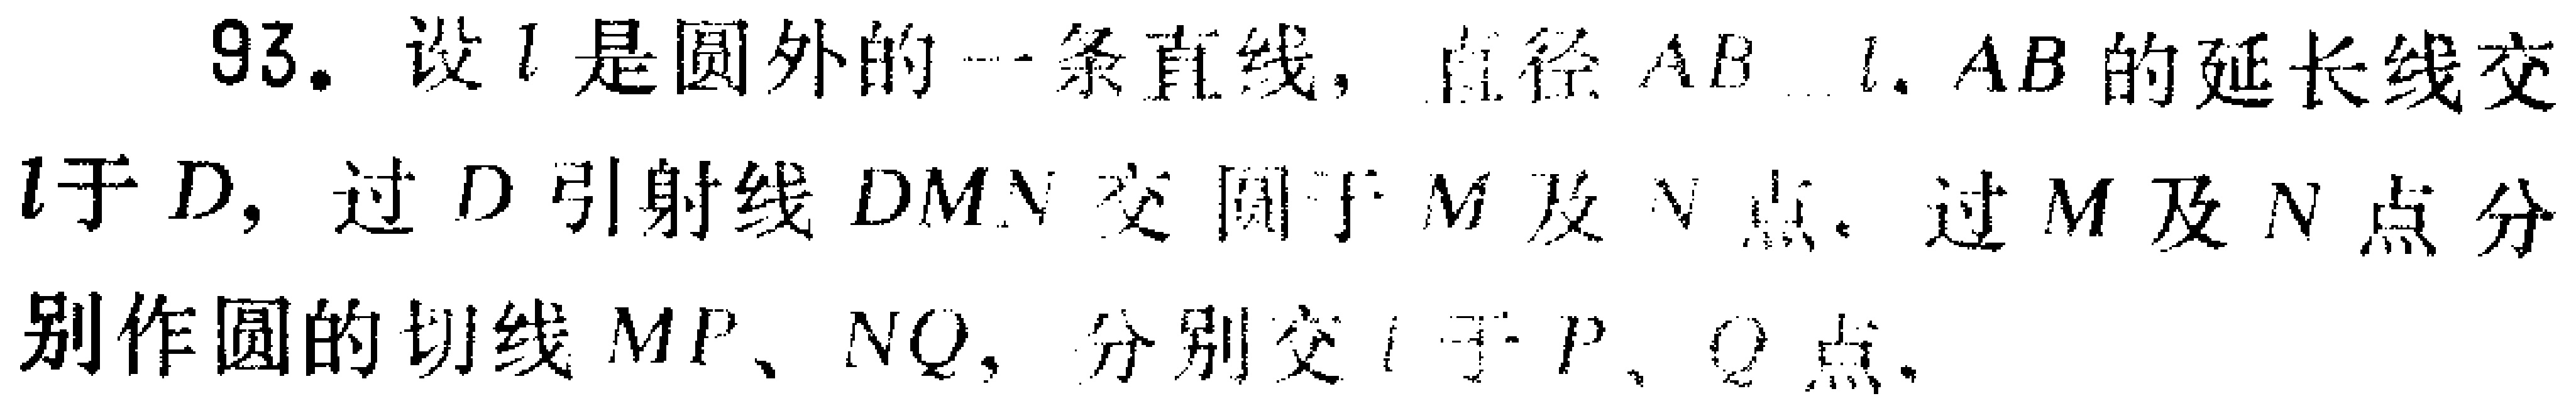
93. 设\(l\)是圆外的一条直线，直径\(AB\perp l\)，\(AB\)的延长线交\(l\)于\(D\)，过\(D\)引射线\(DMN\)交圆于\(M\)及\(N\)点，过\(M\)及\(N\)点分别作圆的切线\(MP\)、\(NQ\)，分别交\(l\)于\(P\)、\(Q\)点。